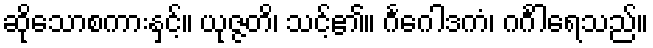
ဆိုသောစကားနှင့်။ ယုဇ္ဇတိ၊ သင့်၏။ ဂင်္ဂေါဒကံ၊ ဂင်္ဂါရေသည်။